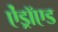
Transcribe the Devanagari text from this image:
ऐंड्रॉएड